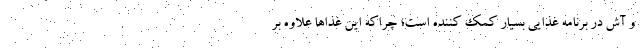
و آش در برنامه غذایی بسیار کمک کننده است؛ چراکه این غذاها علاوه بر